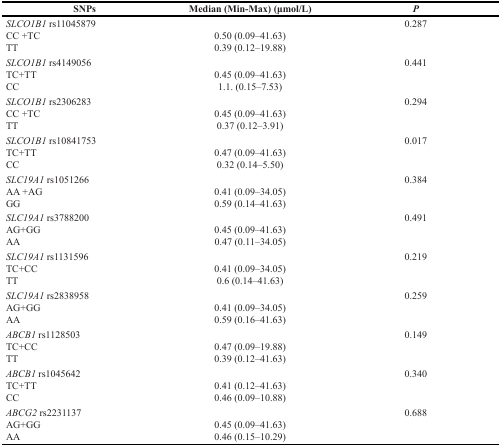
| SNPs | Median (Min-Max) (μmol/L) | P |
 | --- | --- | --- |
 | SLCO1B1 rs11045879 |  | 0.287 |
 | CC +TC | 0.50 (0.09–41.63) |  |
 | TT | 0.39 (0.12–19.88) |  |
 | SLCO1B1 rs4149056 |  | 0.441 |
 | TC+TT | 0.45 (0.09–41.63) |  |
 | CC | 1.1. (0.15–7.53) |  |
 | SLCO1B1 rs2306283 |  | 0.294 |
 | CC +TC | 0.45 (0.09–41.63) |  |
 | TT | 0.37 (0.12–3.91) |  |
 | SLCO1B1 rs10841753 |  | 0.017 |
 | TC+TT | 0.47 (0.09–41.63) |  |
 | CC | 0.32 (0.14–5.50) |  |
 | SLC19A1 rs1051266 |  | 0.384 |
 | AA +AG | 0.41 (0.09–34.05) |  |
 | GG | 0.59 (0.14–41.63) |  |
 | SLC19A1 rs3788200 |  | 0.491 |
 | AG+GG | 0.45 (0.09–41.63) |  |
 | AA | 0.47 (0.11–34.05) |  |
 | SLC19A1 rs1131596 |  | 0.219 |
 | TC+CC | 0.41 (0.09–34.05) |  |
 | TT | 0.6 (0.14–41.63) |  |
 | SLC19A1 rs2838958 |  | 0.259 |
 | AG+GG | 0.41 (0.09–34.05) |  |
 | AA | 0.59 (0.16–41.63) |  |
 | ABCB1 rs1128503 |  | 0.149 |
 | TC+CC | 0.47 (0.09–19.88) |  |
 | TT | 0.39 (0.12–41.63) |  |
 | ABCB1 rs1045642 |  | 0.340 |
 | TC+TT | 0.41 (0.12–41.63) |  |
 | CC | 0.46 (0.09–10.88) |  |
 | ABCG2 rs2231137 |  | 0.688 |
 | AG+GG | 0.45 (0.09–41.63) |  |
 | AA | 0.46 (0.15–10.29) |  |